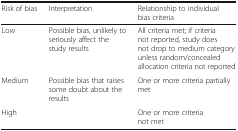
| Risk of bias | Interpretation | Relationship to individual bias criteria |
 | --- | --- | --- |
 | Low | Possible bias, unlikely to seriously affect the study results | All criteria met; if criteria not reported, study does not drop to medium category unless random/concealed allocation criteria not reported |
 | Medium | Possible bias that raises some doubt about the results | One or more criteria partially met |
 | High |  | One or more criteria not met |